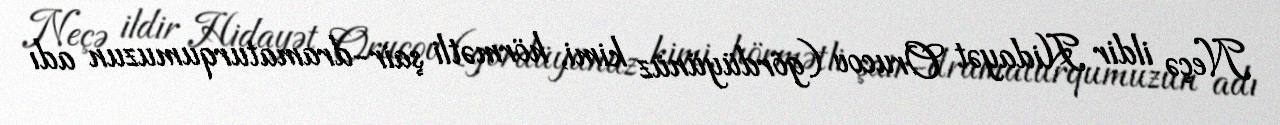
Neçə ildir Hidayət Orucov (gördüyünüz kimi, hörmətli şair-dramaturqumuzun adı